Plague in India, 1896, 1897 - Volume 1
Year: 1896
Disease focus: Plague
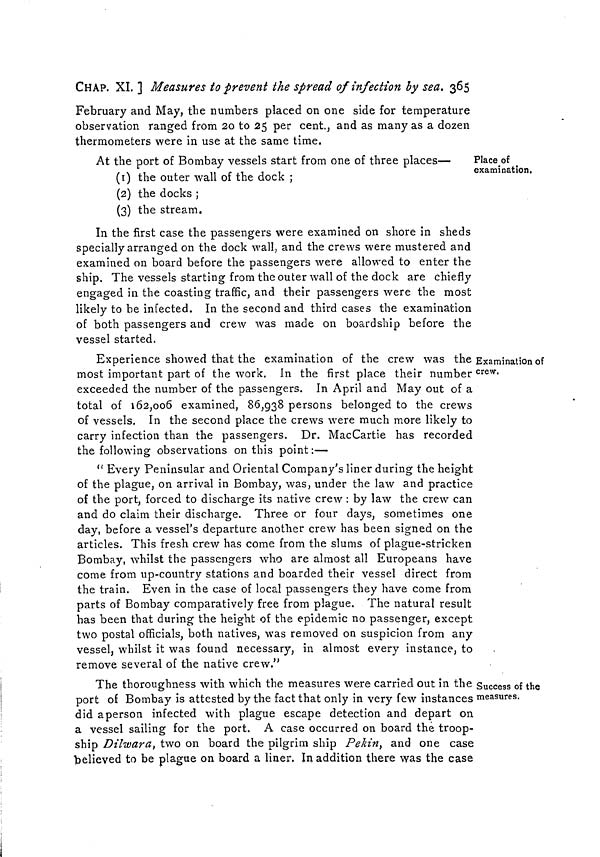
CHAP. XI. ] Measures to prevent the spread of infection by sea. 365
February and May, the numbers placed on one side for temperature
observation ranged from 20 to 25 per cent., and as many as a dozen
thermometers were in use at the same time.
Place of
examination.
At the port of Bombay vessels start from one of three places—
(1) the outer wall of the dock ;
(2) the docks ;
(3) the stream.
In the first case the passengers were examined on shore in sheds
specially arranged on the dock wall, and the crews were mustered and
examined on board before the passengers were allowed to enter the
ship. The vessels starting from the outer wall of the dock are chiefly
engaged in the coasting traffic, and their passengers were the most
likely to be infected. In the second and third cases the examination
of both passengers and crew was made on boardship before the
vessel started.
Examination of
crew.
Experience showed that the examination of the crew was the
most important part of the work. In the first place their number
exceeded the number of the passengers. In April and May out of a
total of 162,006 examined, 86,938 persons belonged to the crews
of vessels. In the second place the crews were much more likely to
carry infection than the passengers. Dr. MacCartie has recorded
the following observations on this point:—
" Every Peninsular and Oriental Company's liner during the height
of the plague, on arrival in Bombay, was, under the law and practice
of the port, forced to discharge its native crew : by law the crew can
and do claim their discharge. Three or four days, sometimes one
day, before a vessel's departure another crew has been signed on the
articles. This fresh crew has come from the slums of plague-stricken
Bombay, whilst the passengers who are almost all Europeans have
come from up-country stations and boarded their vessel direct from
the train. Even in the case of local passengers they have come from
parts of Bombay comparatively free from plague. The natural result
has been that during the height of the epidemic no passenger, except
two postal officials, both natives, was removed on suspicion from any
vessel, whilst it was found necessary, in almost every instance, to
remove several of the native crew."
Success of the
measures.
The thoroughness with which the measures were carried out in the
port of Bombay is attested by the fact that only in very few instances
did aperson infected with plague escape detection and depart on
a vessel sailing for the port. A case occurred on board the troop-
ship Dilwara, two on board the pilgrim ship Pekin, and one case
believed to be plague on board a liner. In addition there was the case